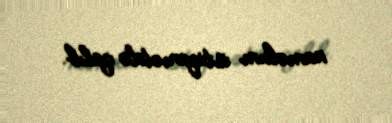
naməlum istiqamətdə qalıb.